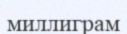
миллиграм